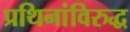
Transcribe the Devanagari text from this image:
प्रथिनांविरुद्ध